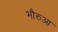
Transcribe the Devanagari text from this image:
भौरुआ